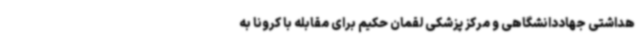
هداشتی جهاددانشگاهی و مرکز پزشکی لقمان حکیم برای مقابله با کرونا به